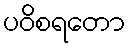
ပဝိစရတော